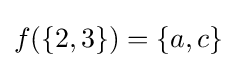
f(\{2,3\})=\{a,c\}